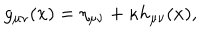
g _ { \mu \nu } ( x ) = \eta _ { \mu \nu } + \kappa h _ { \mu \nu } ( x ) ,